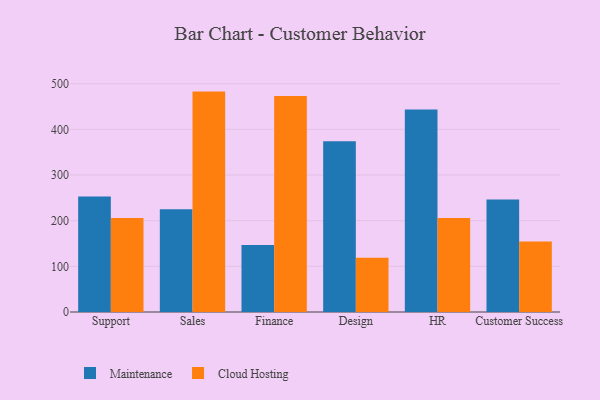
{"axis": {"x": "Department", "y": "Budget (USD K)"}, "legend": ["Cloud Hosting", "Maintenance"], "data": [{"x": "Support", "y": 253.0, "type": "Maintenance"}, {"x": "Support", "y": 205.8, "type": "Cloud Hosting"}, {"x": "Sales", "y": 225.0, "type": "Maintenance"}, {"x": "Sales", "y": 482.7, "type": "Cloud Hosting"}, {"x": "Finance", "y": 147.0, "type": "Maintenance"}, {"x": "Finance", "y": 473.0, "type": "Cloud Hosting"}, {"x": "Design", "y": 374.2, "type": "Maintenance"}, {"x": "Design", "y": 118.8, "type": "Cloud Hosting"}, {"x": "HR", "y": 443.3, "type": "Maintenance"}, {"x": "HR", "y": 205.8, "type": "Cloud Hosting"}, {"x": "Customer Success", "y": 246.5, "type": "Maintenance"}, {"x": "Customer Success", "y": 154.4, "type": "Cloud Hosting"}]}